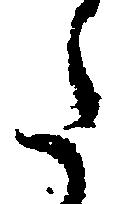
た